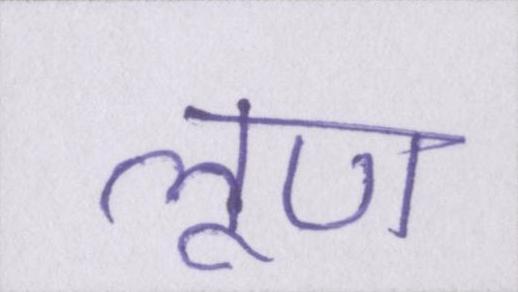
लूण